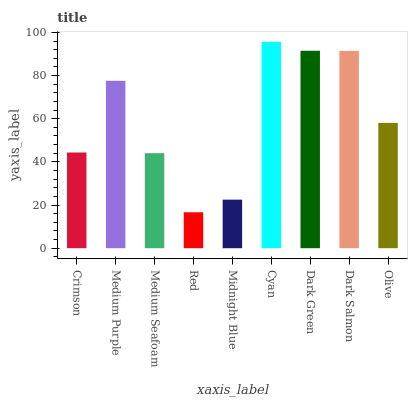
| xaxis_label | bars |
 | --- | --- |
 | Crimson | 44.3 |
 | Medium Purple | 77.6 |
 | Medium Seafoam | 44 |
 | Red | 16.6 |
 | Midnight Blue | 22.5 |
 | Cyan | 95.6 |
 | Dark Green | 91.5 |
 | Dark Salmon | 91.4 |
 | Olive | 58.1 |